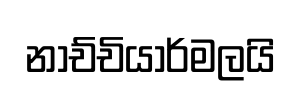
නාච්චියාර්මලයි